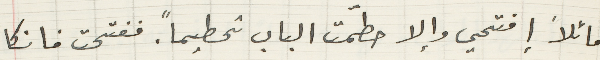
قائلاً إفتحي وإلا حطمت الباب تحطيماً. ففتحت فانكا